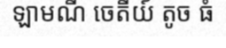
ឡាមណី ចេតីយ៍ តូច ធំ